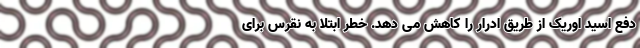
دفع اسید اوریک از طریق ادرار را کاهش می دهد. خطر ابتلا به نقرس برای